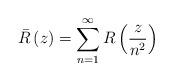
LaTeX: \begin{align*}\bar R\left( z \right) = \sum\limits_{n = 1}^\infty {R\left( {\frac{z}{{{n^2}}}} \right)} \end{align*}